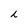
Character: L